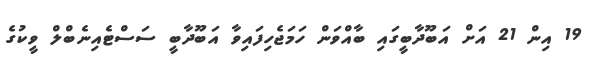
19 އިން 21 އަށް އަބޫދާބީގައި ބާއްވަން ހަމަޖެހިފައިވާ އަބޫދާބީ ސަސްޓެއިނެބްލް ވީކުގެ